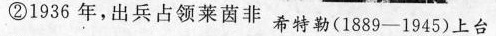
②1936年，出兵占领莱茵非希特勒(1889-1945)上台